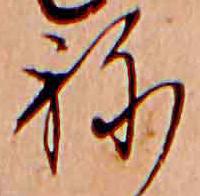
ね